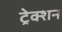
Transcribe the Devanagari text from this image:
ट्रेक्शन